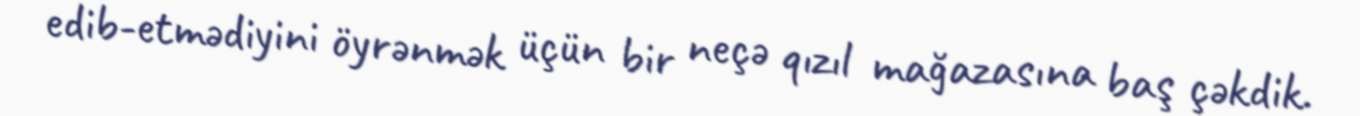
edib-etmədiyini öyrənmək üçün bir neçə qızıl mağazasına baş çəkdik.